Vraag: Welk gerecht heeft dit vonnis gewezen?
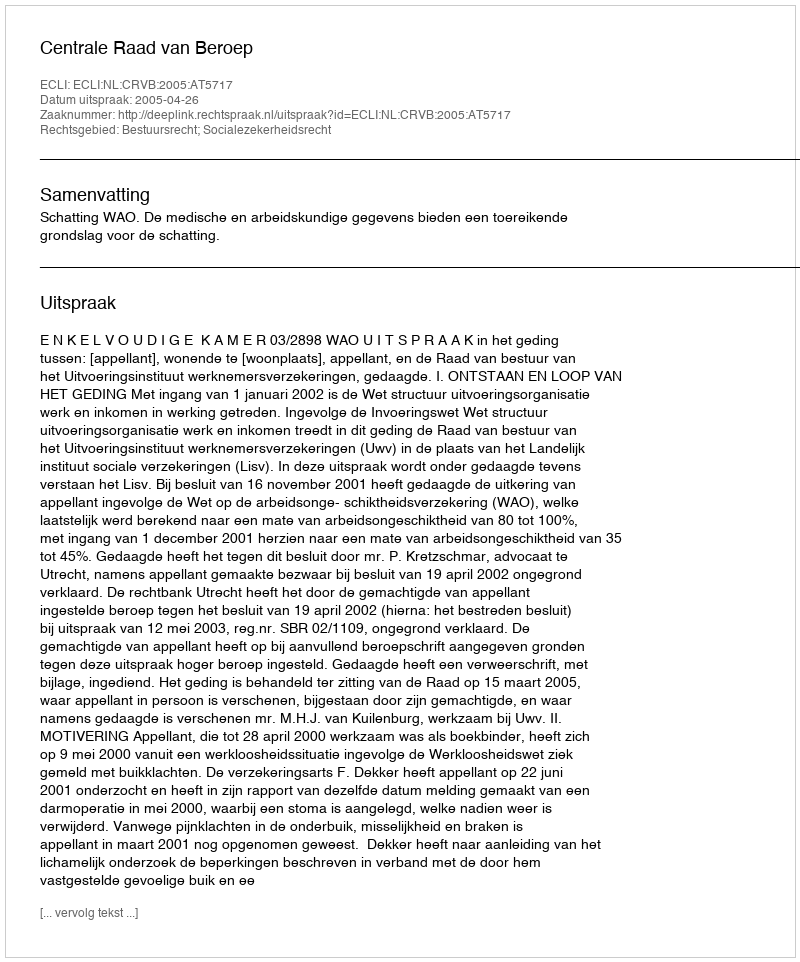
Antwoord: Centrale Raad van Beroep